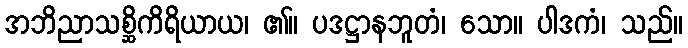
အဘိညာသစ္ဆိကိရိယာယ၊ ၏။ ပဒဋ္ဌာနဘူတံ၊ သော။ ပါဒကံ၊ သည်။